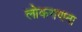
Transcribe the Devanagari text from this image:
लोकगणना